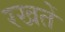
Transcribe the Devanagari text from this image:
रखतेें